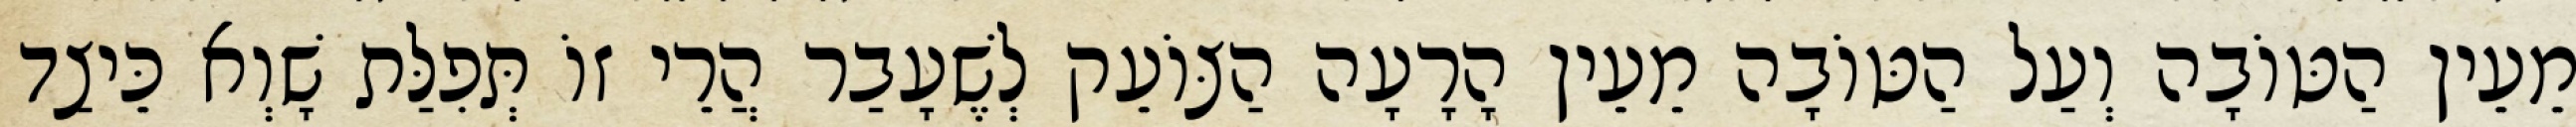
מֵעֵין הַטּוֹבָה וְעַל הַטּוֹבָה מֵעֵין הָרָעָה הַצּוֹעֵק לְשֶׁעָבַר הֲרֵי זוֹ תְּפִלַּת שָׁוְא כֵּיצַד